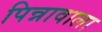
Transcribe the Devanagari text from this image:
पिन्नावाला